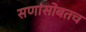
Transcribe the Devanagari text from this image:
सणांसोबतच